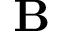
\mathbf { B }